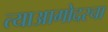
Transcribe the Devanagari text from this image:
त्याआगोदरचा